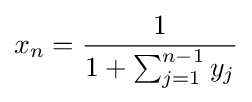
x_{n}={\frac {1}{1+\sum _{j=1}^{n-1}{y_{j}}}}